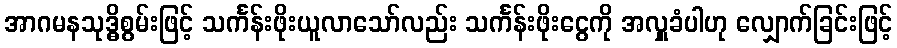
အာဂမနသုဒ္ဓိစွမ်းဖြင့် သင်္ကန်းဖိုးယူလာသော်လည်း သင်္ကန်းဖိုးငွေကို အလှူခံပါဟု လျှောက်ခြင်းဖြင့်